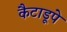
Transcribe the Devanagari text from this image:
कैटाडूपे